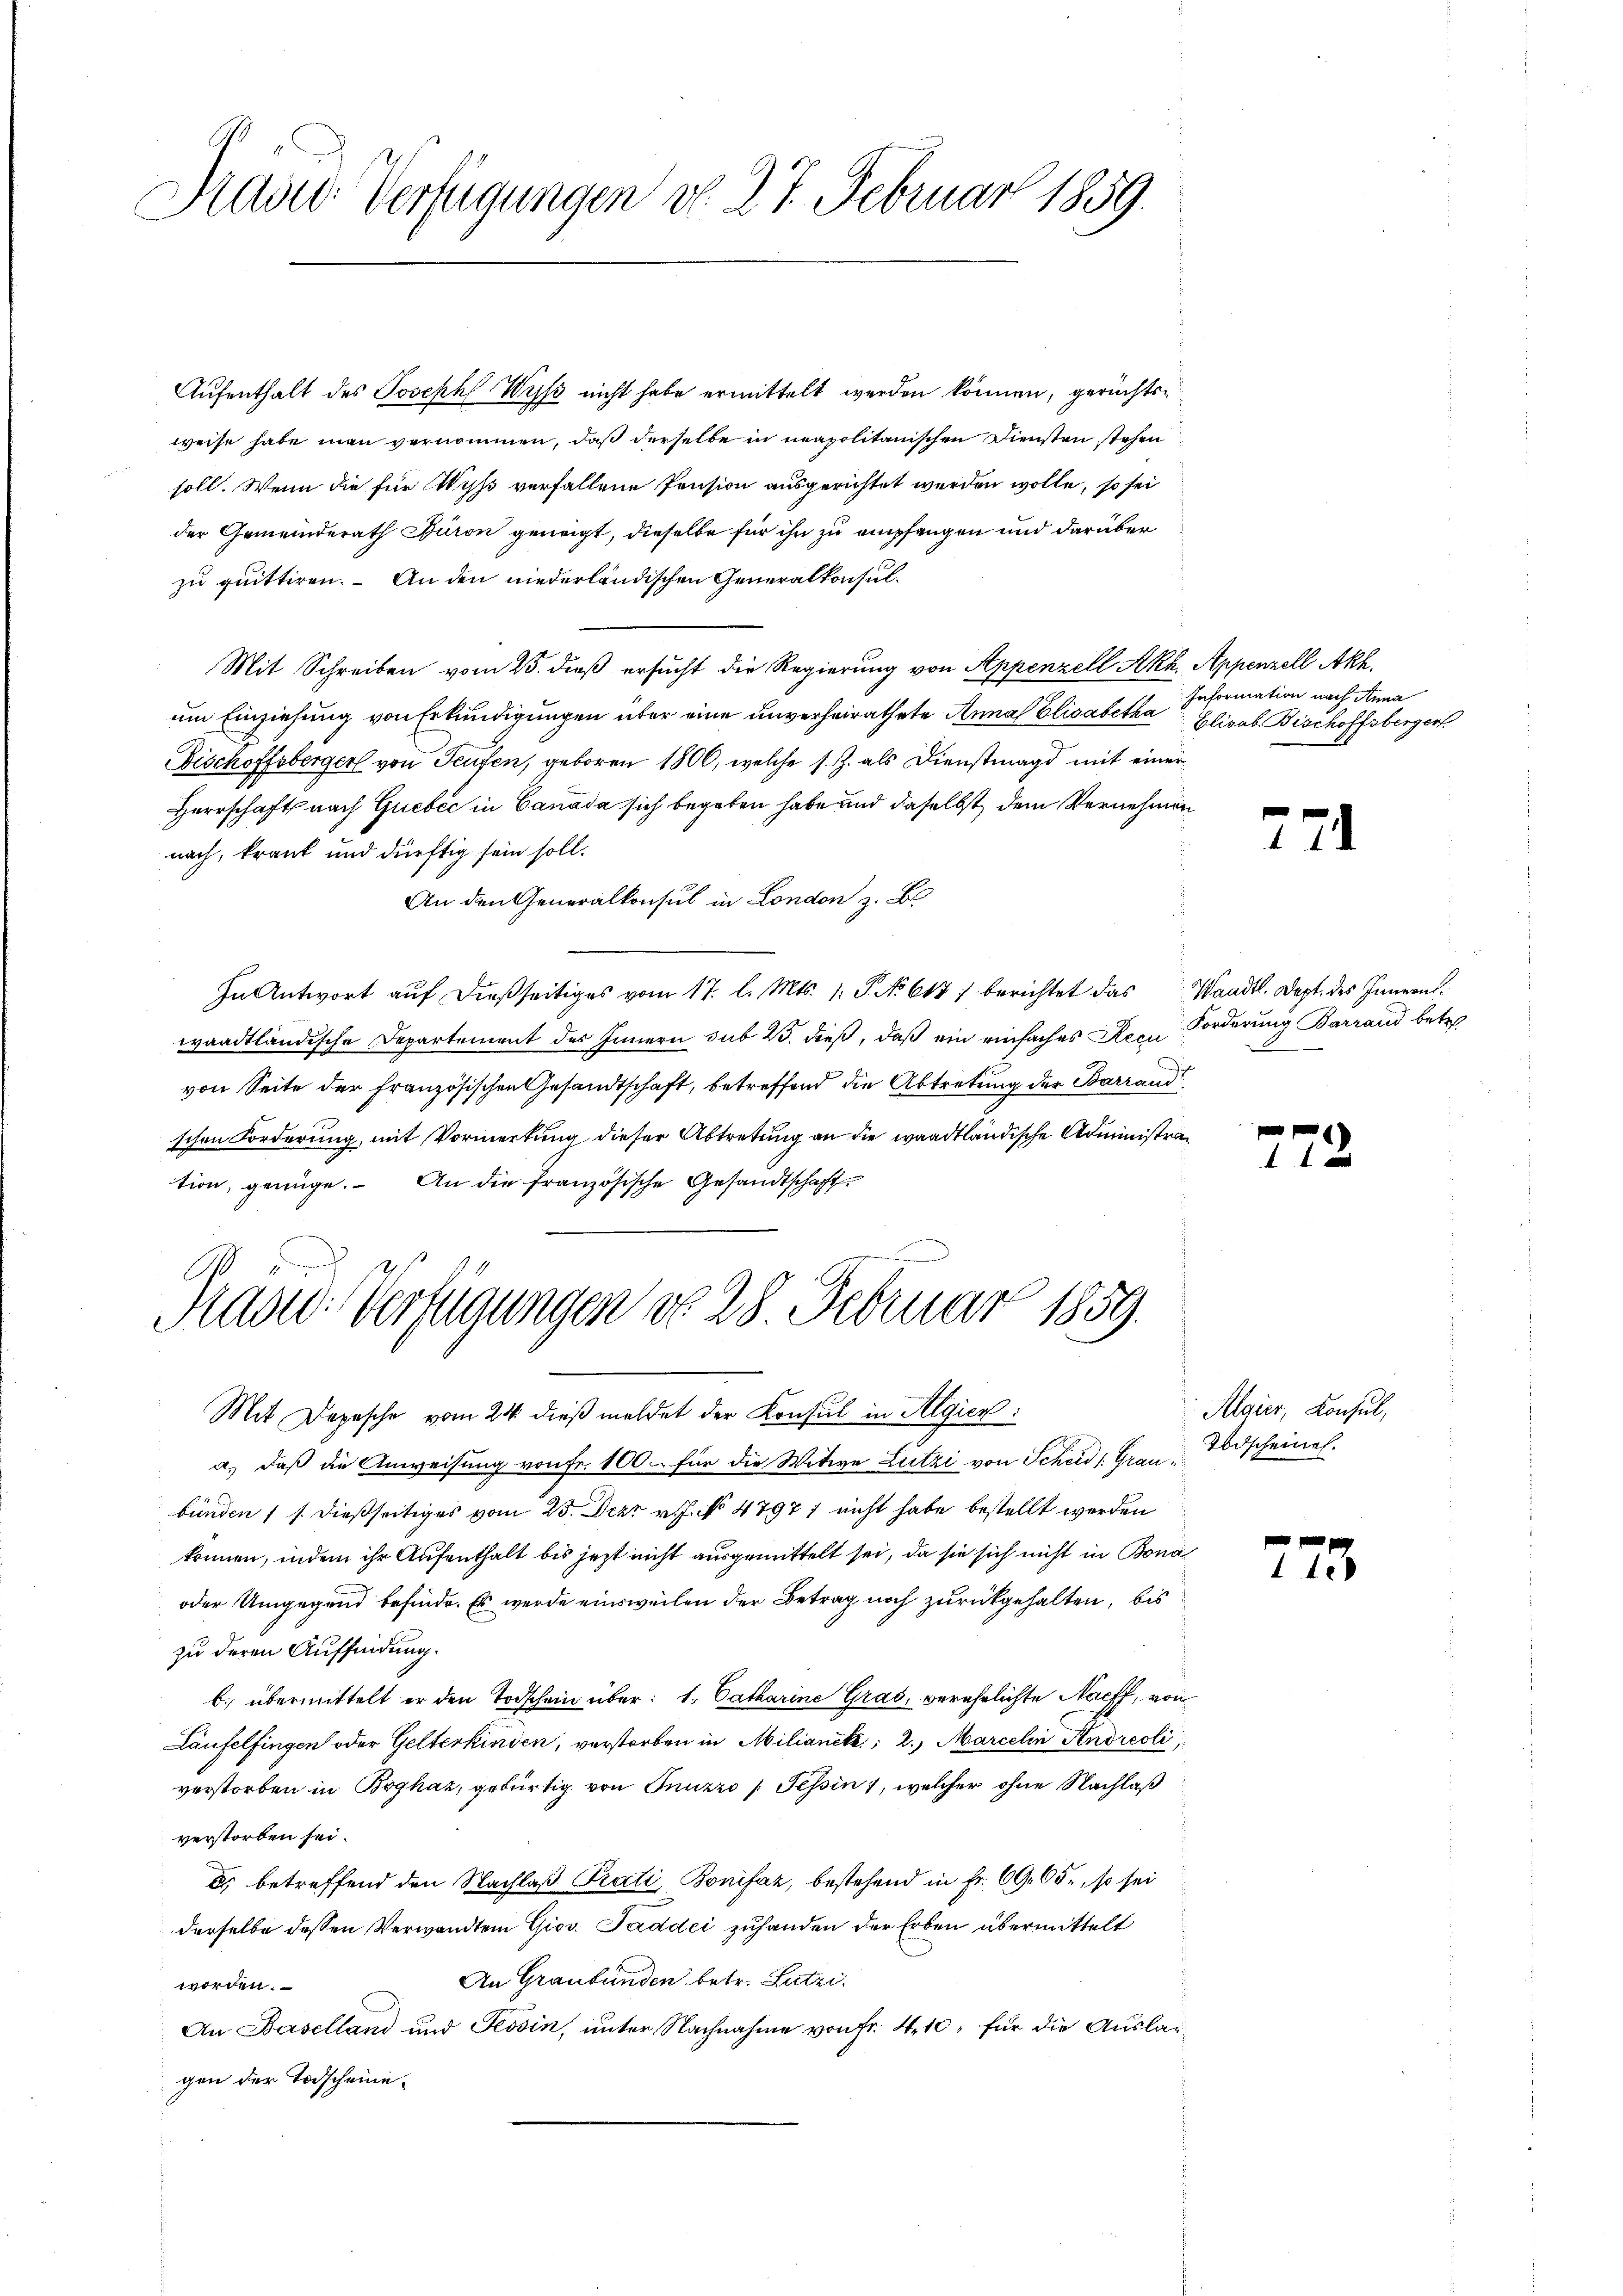
Präser Verfügungen d. 27. Februar 1859.

Aufenthalt des Joseph Weiß nicht habe ermittelt werden können, gerichtsweise habe man vernommen, daß derselbe in neapolitanischen Diensten stehen
soll. Wenn die für Wyß verfallene Pension ausgerichtet werden wolle, so sei
der Gemeinderath Büron geneigt, dieselbe für ihn zu empfangen und darüber
zu quittiren. An den niederländischen Generalkonsul¬
Mit Schreiben vom 25. dieß ersucht die Regierung von Appenzell Akk. Appenzell Akh.
um Einziehung von Erkundigungen über eine unverheirathete Anna Elisabetha
Bischoffsberger von Teufen, geboren 1800, welche s. Z. als Dienstmagd mit einer
Herrschaft nach Gubić in Canada sich begeben habe und daselbst dem Vernehmen
nach, krank und dürftig sein soll.
An den Generalkonsul in London z. B.
In Antwort auf dießseitiges vom 17. l. Mts. 1. P. No 617 berichtet das Waadt. Dept. des Innern.
waadtländische Departement des Innern sub 23. dieß, daß ein einfaches Rece Forderung Barrand betret
von Seite der Französischen Gesandtschaft, betreffend die Abtretung der Barrandschen Forderung, mit Vormerkung dieser Abtretung an die waadtländische Administration, genüge. An die französische Gesandtschaft

Prad: Verfügungen do 28. Februar 1859.

Information nach Anna
Elisab. Bischoffsberger

Mit Depesche vom 24. dieß meldet der Konsul in Algien:
a.) daß die Anweisung von Fr. 100. für die Witwe Lutzi von Scheid, Grau Todscheinen.
bünden 11. dießseitiges vom 23. Dez. v. J. No 4797) nicht habe bestellt werden
können, indem ihr Aufenthalt bis jezt nicht ausgemittelt sei, da sie sich nicht in Bona
oder Umgegend befinde. Es werde einsweilen der Betrag noch zurückgehalten, bis
zu deren Auffindung.
b.) übermittelt er den Todschein über: 1. Catharine Gras, verehrlichte Nacff, von
Laufelfingen oder Gelterkinden, verstorben in Milianete, 2. Marcelen Andreoli
verstorben in Boghaz, gebürtig von Jnuzzo / Tessin 1, welcher ohne Nachlaß
verstorben sei.
es betreffend den Nachlaß Prati, Bonifaz, bestehend in Fr. 69. 65, so sei
derselbe dessen Verwandten Giov. Taddei zuhanden der Erben übermittelt
An Graubünden betr. Lutzi
worden.
An Baselland und Tessin, unter Nachnahme von Fr. 4. 10, für die Auslaggen der Todscheini¬

271

272

223

Algier, Konsul,